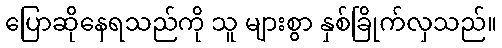
ပြောဆိုနေရသည်ကို သူ များစွာ နှစ်ခြိုက်လှသည်။